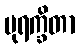
ပုရက္ခိတာ